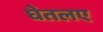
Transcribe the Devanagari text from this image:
घेतलए